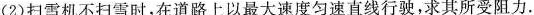
(2)扫雪机不扫雪时，在道路上以最大速度匀速直线行驶，求其所受阻力.